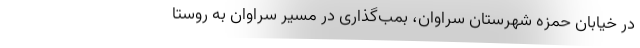
در خیابان حمزه شهرستان سراوان، بمب‌گذاری در مسیر سراوان به روستا